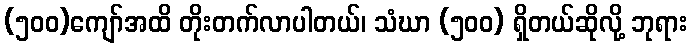
(၅၀၀)ကျော်အထိ တိုးတက်လာပါတယ်၊ သံဃာ (၅၀၀) ရှိတယ်ဆိုလို့ ဘုရား